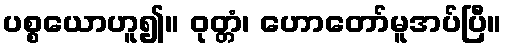
ပစ္စယောဟူ၍။ ဝုတ္တံ၊ ဟောတော်မူအပ်ပြီ။